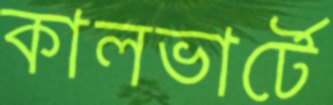
কালভার্টে